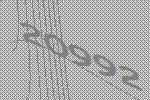
20992